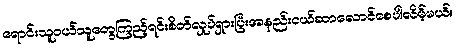
ရောင်းသူဝယ်သူတွေကြည့်ရင်းစိတ်လှုပ်ရှားပြီးအနည်းငယ်ဆာလောင်စေပါလိမ့်မယ်။